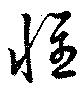
懐